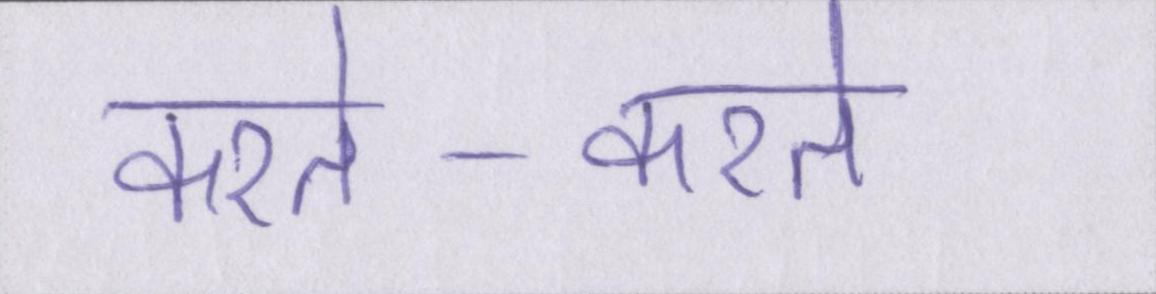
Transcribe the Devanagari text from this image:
करते-करते